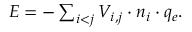
\begin{array} { r } { E = - \sum _ { i < j } V _ { i , j } \cdot n _ { i } \cdot q _ { e } . } \end{array}